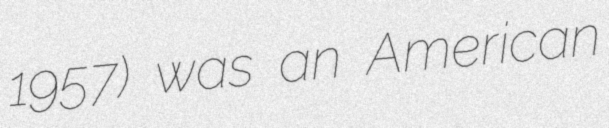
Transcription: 1957) was an American